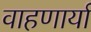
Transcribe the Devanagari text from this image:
वाहणार्या